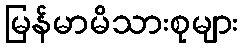
မြန်မာမိသားစုများ